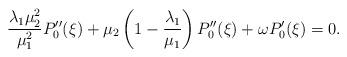
LaTeX: \begin{align*}\frac{\lambda_1\mu_2^2}{\mu_1^2}P_0''(\xi)+\mu_2\left(1-\frac{\lambda_1}{\mu_1}\right)P''_0(\xi)+\omega P'_0(\xi)=0.\end{align*}